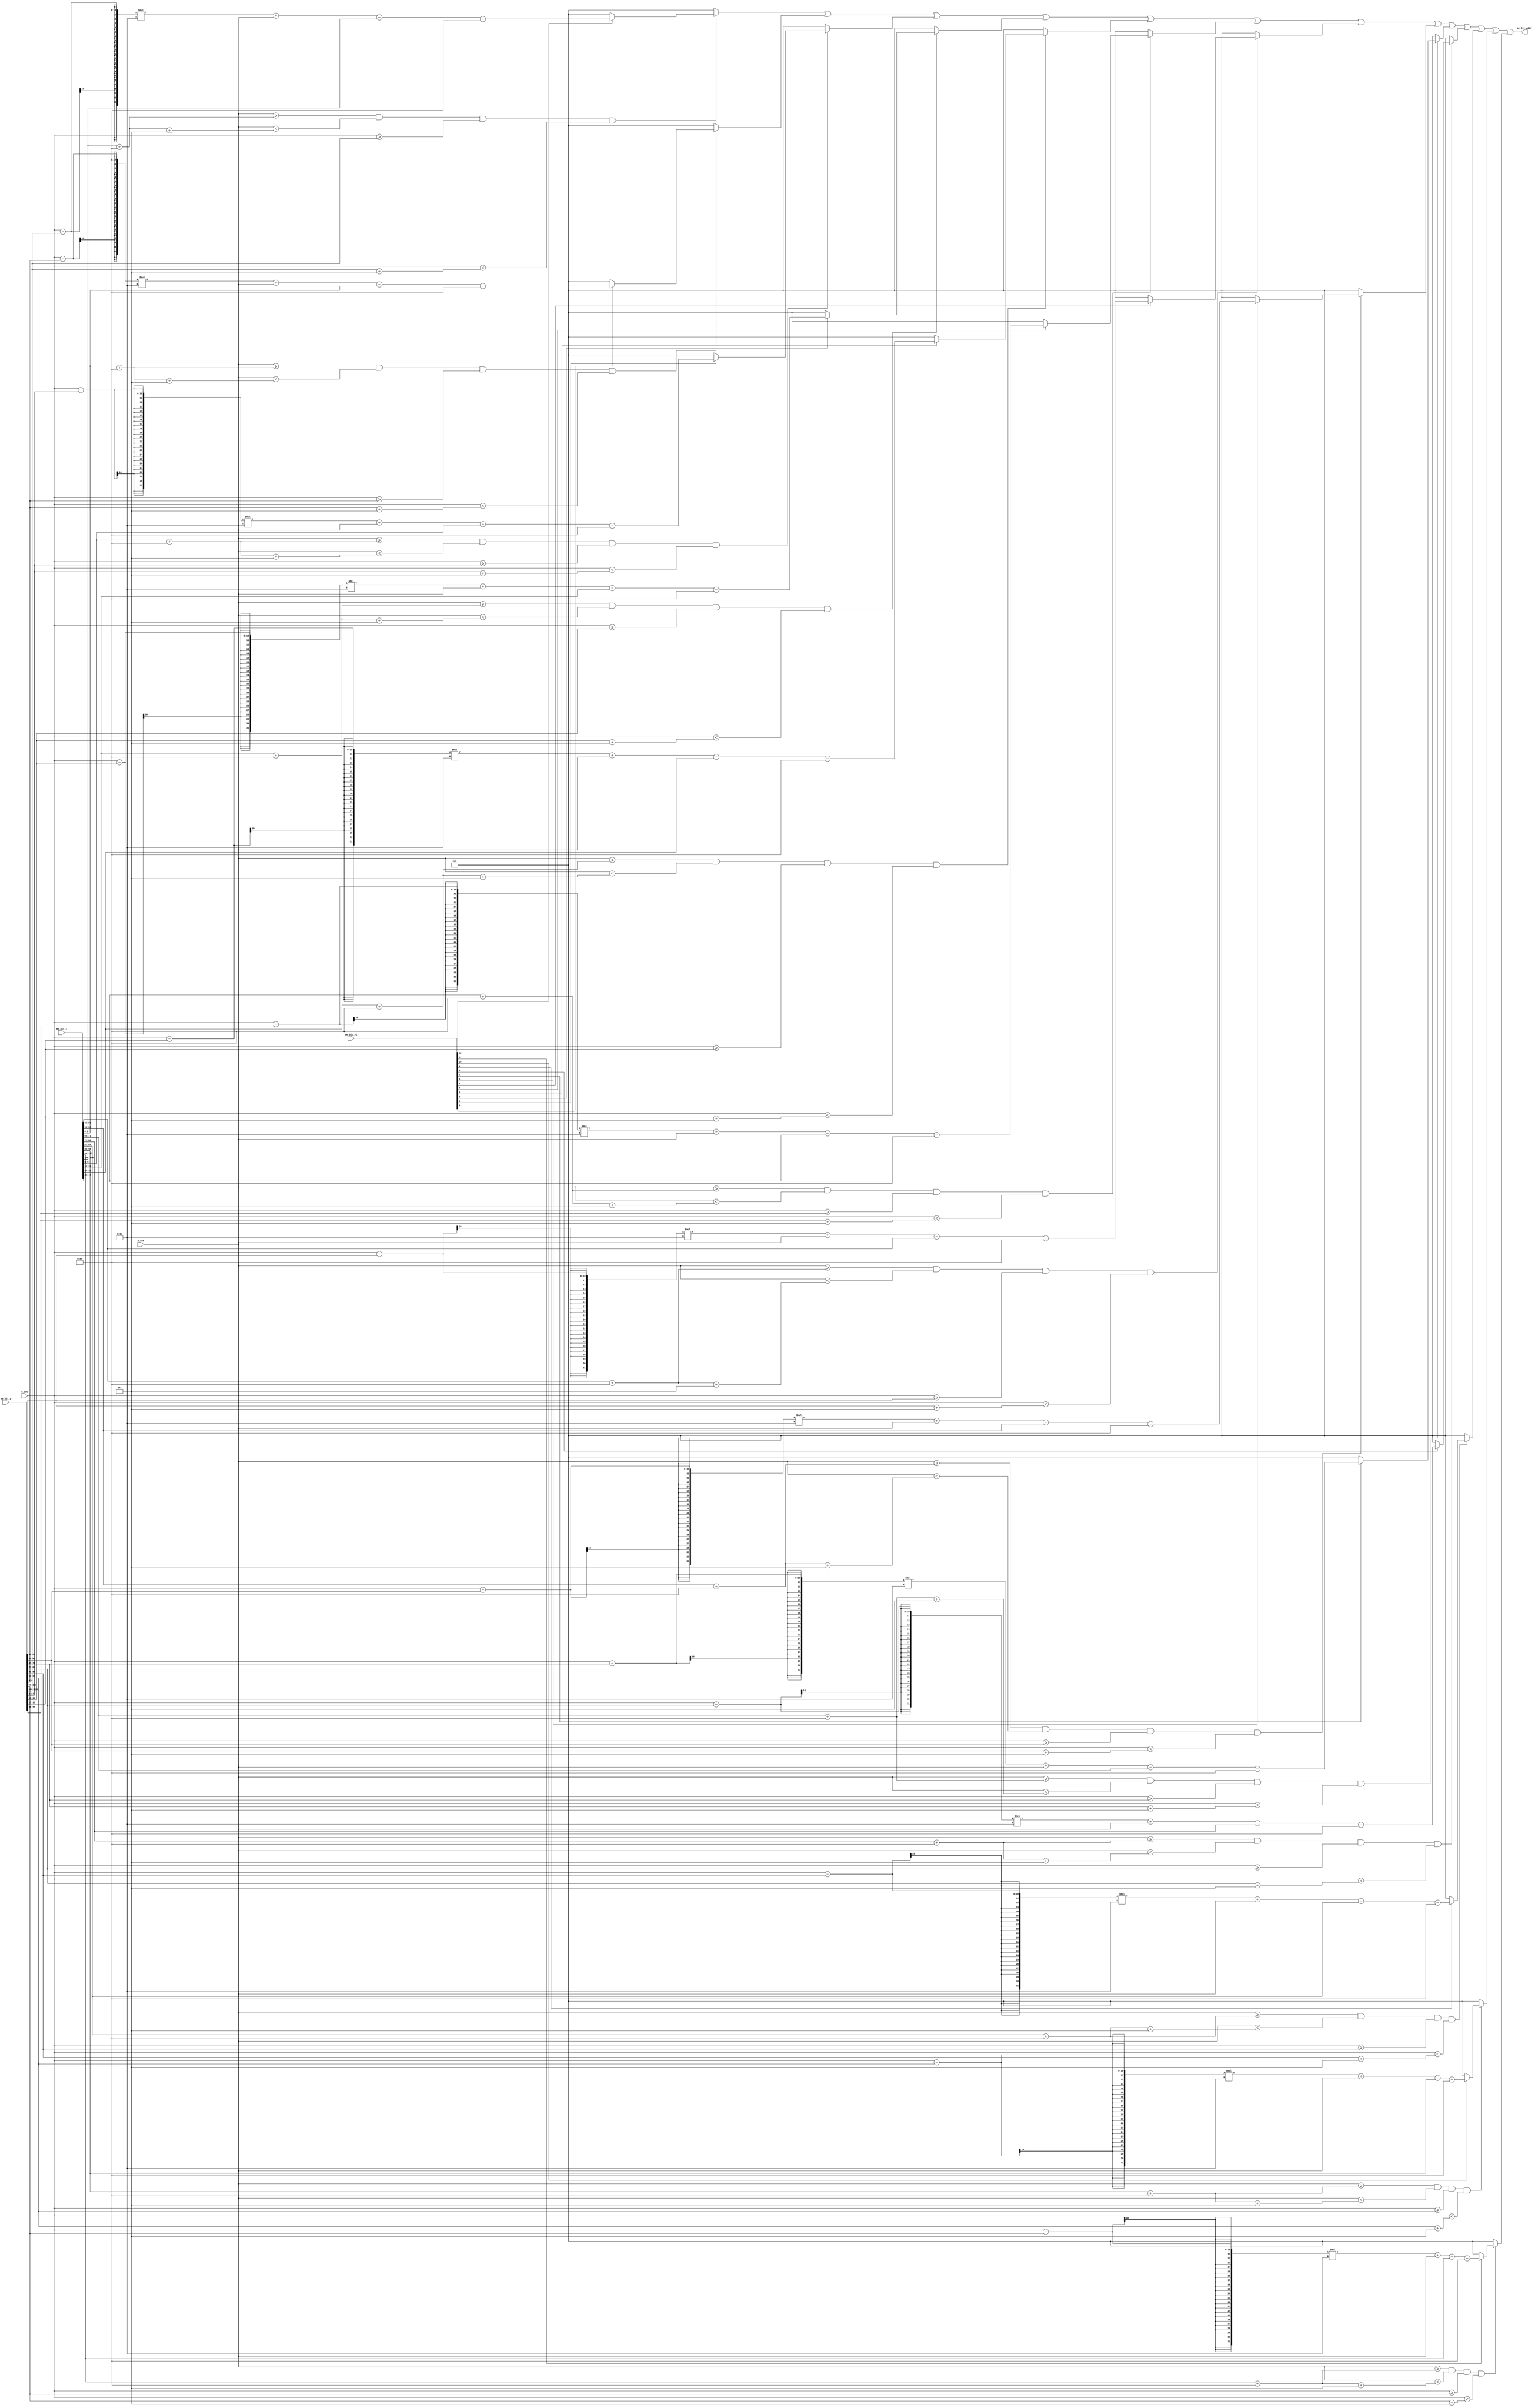
module me_blt_addr_gen(
    input [12:0] me_blt_vi,
    input [116:0] me_blt_x,
    input [116:0] me_blt_y,    
    input [9:0] h_cnt,
    input [9:0] v_cnt,
    output [16:0]me_blt_addr
    );
    
    reg [220:0]tmp;
    generate
        genvar i;
        for(i=0;i<13;i=i+1)begin : addr
            always@*
                if(h_cnt >= me_blt_x[i*9 + 8:i*9] + 160 && h_cnt < me_blt_x[i*9+8 : i*9]+ 160 + 15 && 
                    v_cnt >= me_blt_y[i*9+8 : i*9] && v_cnt < me_blt_y[i*9+8 : i*9] + 15 )
                    if(me_blt_vi[i]==1)
                        tmp[i*17+16 : i*17] = (v_cnt - me_blt_y[i*9 + 8:i*9] )* 30 + h_cnt - me_blt_x[i*9 + 8:i*9] -160 ;
                    else
                        tmp[i*17+16 : i*17] = 0;                               
                else
                    tmp[i*17+16 : i*17] = 0;
        end
    endgenerate
    assign me_blt_addr = tmp[220-:17] | tmp[16-:17] | tmp[33-:17]| tmp[50-:17]| tmp[67-:17]| tmp[84-:17]| tmp[101-:17]| tmp[118-:17]| tmp[135-:17]| tmp[152-:17]| tmp[169-:17]| tmp[186-:17]| tmp[203-:17] ;

    /*
    always@*
    if( (h_cnt >= me_blt_x[8:0] + 160 && h_cnt < me_blt_x[8:0]+ 160 + 15 && 
        v_cnt >= me_blt_y[8:0] && v_cnt < me_blt_y[8:0] + 15 ) 
        || (h_cnt >= me_blt_x[17:9] + 160 && h_cnt < me_blt_x[17:9]+ 160 + 15 && 
        v_cnt >= me_blt_y[17:9] && v_cnt < me_blt_y[17:9] + 15 ) 
        || (h_cnt >= me_blt_x[26:18] + 160 && h_cnt < me_blt_x[26:18]+ 160 + 15 && 
        v_cnt >= me_blt_y[26:18] && v_cnt < me_blt_y[26:18] + 15 ) 
        || (h_cnt >= me_blt_x[35:27] + 160 && h_cnt < me_blt_x[35:27]+ 160 + 15 && 
        v_cnt >= me_blt_y[35:27] && v_cnt < me_blt_y[35:27] + 15 ) 
        || (h_cnt >= me_blt_x[44:36] + 160 && h_cnt < me_blt_x[44:36]+ 160 + 15 && 
        v_cnt >= me_blt_y[44:36] && v_cnt < me_blt_y[44:36] + 15 ) 
        || (h_cnt >= me_blt_x[53:45] + 160 && h_cnt < me_blt_x[53:45]+ 160 + 15 && 
        v_cnt >= me_blt_y[53:45] && v_cnt < me_blt_y[53:45] + 15 ) 
        || (h_cnt >= me_blt_x[62:54] + 160 && h_cnt < me_blt_x[62:54]+ 160 + 15 && 
        v_cnt >= me_blt_y[62:54] && v_cnt < me_blt_y[62:54] + 15 ) 
        || (h_cnt >= me_blt_x[71:63] + 160 && h_cnt < me_blt_x[71:63]+ 160 + 15 && 
        v_cnt >= me_blt_y[71:63] && v_cnt < me_blt_y[71:63] + 15 ) 
        || (h_cnt >= me_blt_x[80:72] + 160 && h_cnt < me_blt_x[80:72]+ 160 + 15 && 
        v_cnt >= me_blt_y[80:72] && v_cnt < me_blt_y[80:72] + 15 ) 
        || (h_cnt >= me_blt_x[89:81] + 160 && h_cnt < me_blt_x[89:81]+ 160 + 15 && 
        v_cnt >= me_blt_y[89:81] && v_cnt < me_blt_y[89:81] + 15 ) 
        || (h_cnt >= me_blt_x[98:90] + 160 && h_cnt < me_blt_x[98:90]+ 160 + 15 && 
        v_cnt >= me_blt_y[98:90] && v_cnt < me_blt_y[98:90] + 15 ) 
        || (h_cnt >= me_blt_x[107:99] + 160 && h_cnt < me_blt_x[107:99]+ 160 + 15 && 
        v_cnt >= me_blt_y[107:99] && v_cnt < me_blt_y[107:99] + 15 ) 
        || (h_cnt >= me_blt_x[116:108] + 160 && h_cnt < me_blt_x[116:108]+ 160 + 15 && 
        v_cnt >= me_blt_y[116:108] && v_cnt < me_blt_y[116:108] + 15 ) 
    )
        me_blt_addr = (v_cnt-(`AY - `ME_H))*`MEM_W + h_cnt - 160 + `ME_MEM_W;
    else    
        me_blt_addr = 0;*/
    
endmodule